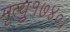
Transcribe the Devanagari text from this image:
मृत्यु१७४०।